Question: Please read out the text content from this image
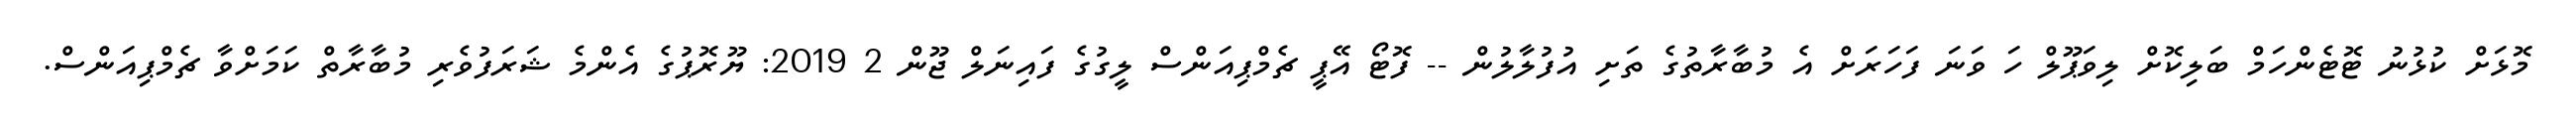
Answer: މޮޅަށް ކުޅުނު ޓޮޓެންހަމް ބަލިކޮށް ލިވަޕޫލް ހަ ވަނަ ފަހަރަށް އެ މުބާރާތުގެ ތަށި އުފުލާލުން -- ފޮޓޯ އޭޕީ ޗެމްޕިއަންސް ލީގުގެ ފައިނަލް ޖޫން 2 2019: ޔޫރޮޕުގެ އެންމެ ޝަރަފުވެރި މުބާރާތް ކަމަށްވާ ޗެމްޕިއަންސް.